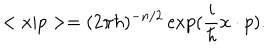
< x | p > = ( 2 \pi \hbar ) ^ { - n / 2 } \exp ( \frac { i } { \hbar } x \cdot p ) .